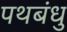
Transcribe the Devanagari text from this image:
पथबंधु